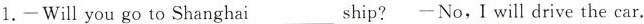
1. —Will you go to Shanghai___ship? —No,I will drive the car.